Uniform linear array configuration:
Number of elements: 16
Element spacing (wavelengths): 1
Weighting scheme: blackman
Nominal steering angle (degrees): -30
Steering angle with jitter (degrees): -28.482
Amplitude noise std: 0.05
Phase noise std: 0.05

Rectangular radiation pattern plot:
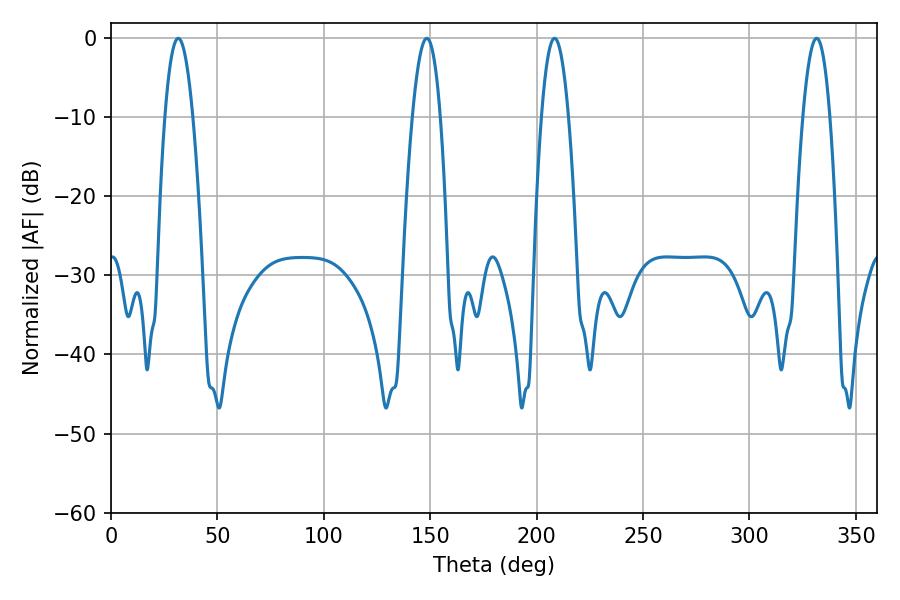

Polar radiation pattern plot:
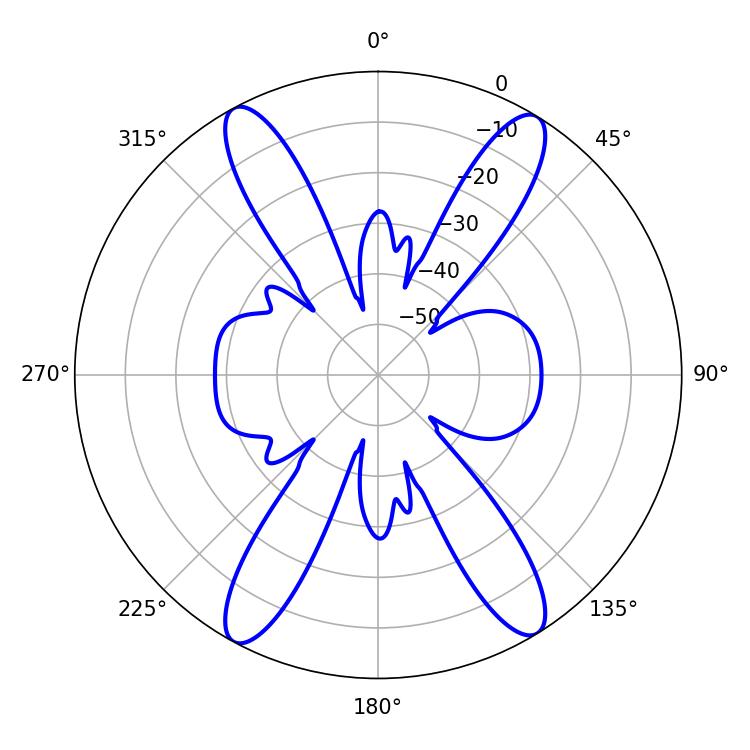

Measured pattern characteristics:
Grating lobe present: TRUE
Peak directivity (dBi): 20.641
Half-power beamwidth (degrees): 7.02
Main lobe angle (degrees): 208.44